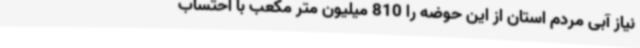
نیاز آبی مردم استان از این حوضه را 810 میلیون متر مکعب با احتساب